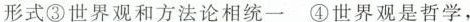
形式\textcircled {3}世界观和方法论相统一\textcircled {4}世界观是哲学，